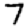
Digit: 7